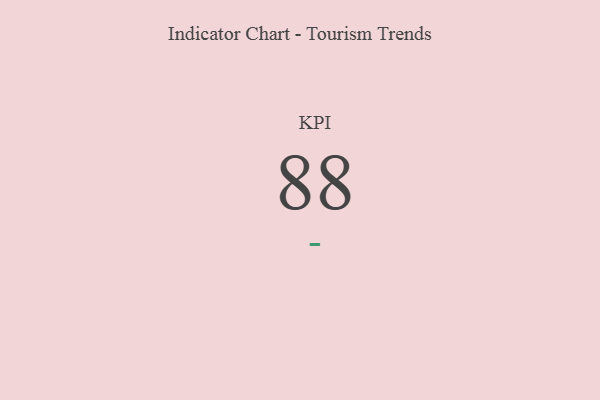
{"axis": {"x": "KPI", "y": "Value"}, "legend": [""], "data": [{"x": "KPI", "y": 88, "type": ""}]}